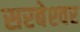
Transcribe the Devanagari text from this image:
सरबेश्‍वर